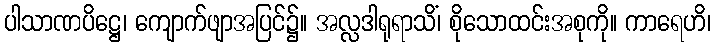
ပါသာဏပိဋ္ဌေ၊ ကျောက်ဖျာအပြင်၌။ အလ္လဒါရုရာသိံ၊ စိုသောထင်းအစုကို။ ကာရေဟိ၊